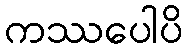
ကဿပေါပိ